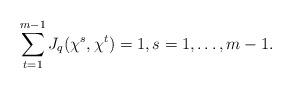
LaTeX: \begin{align*}\sum\limits_{t=1}^{m-1}J_q(\chi^s,\chi^t)=1,s=1,\dots,m-1.\end{align*}